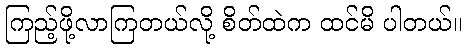
ကြည့်ဖို့လာကြတယ်လို့ စိတ်ထဲက ထင်မိ ပါတယ်။